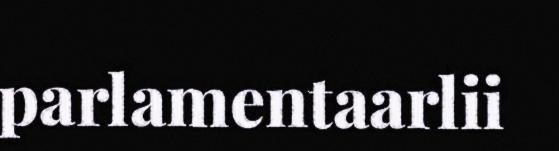
parlamentaarlii